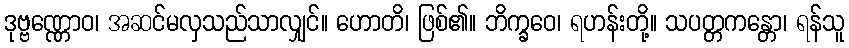
ဒုဗ္ဗဏ္ဏောဝ၊ အဆင်မလှသည်သာလျှင်။ ဟောတိ၊ ဖြစ်၏။ ဘိက္ခဝေ၊ ရဟန်းတို့။ သပတ္တကန္တော၊ ရန်သူ